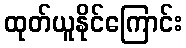
ထုတ်ယူနိုင်ကြောင်း